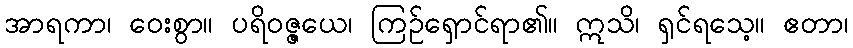
အာရကာ၊ ဝေးစွာ။ ပရိဝဇ္ဇယေ၊ ကြဉ်ရှောင်ရာ၏။ ဣသိ၊ ရှင်ရသေ့။ ဧတာ၊